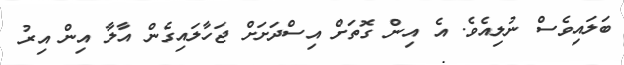
ބަލައިވެސް ނުލިއެވެ. އެ އިން ގޮތަށް އިސްދަށަށް ޖަހާލައިގެން އާލާ އިން އިރު